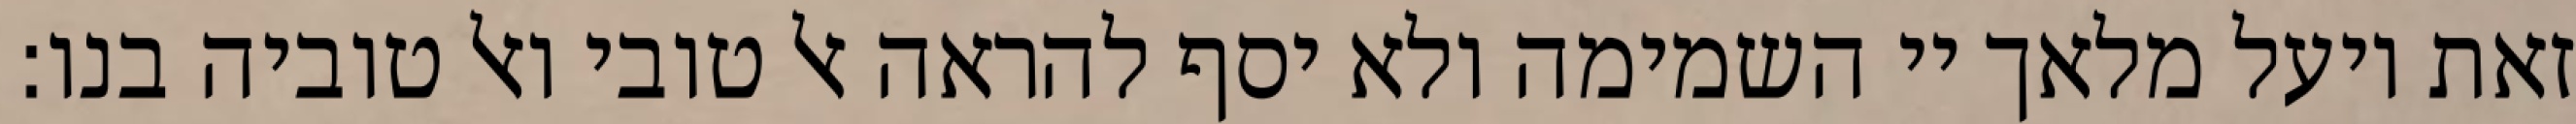
זאת ויעל מלאך יי השמימה ולא יסף להראה אל טובי ואל טוביה בנו: